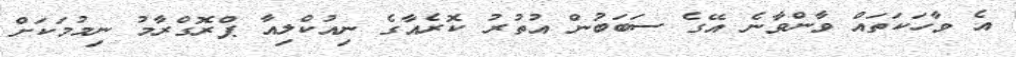
އެ ވާހަކަތައް ވާންވާނެ އޭގެ ސަބަބުން އުތުރު ކޮރެއާގެ ނިއުކްލިއާ ޕްރޮގްރާމު ނިމުމަކަށް